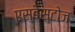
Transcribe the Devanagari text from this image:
एस्बेस्टोज